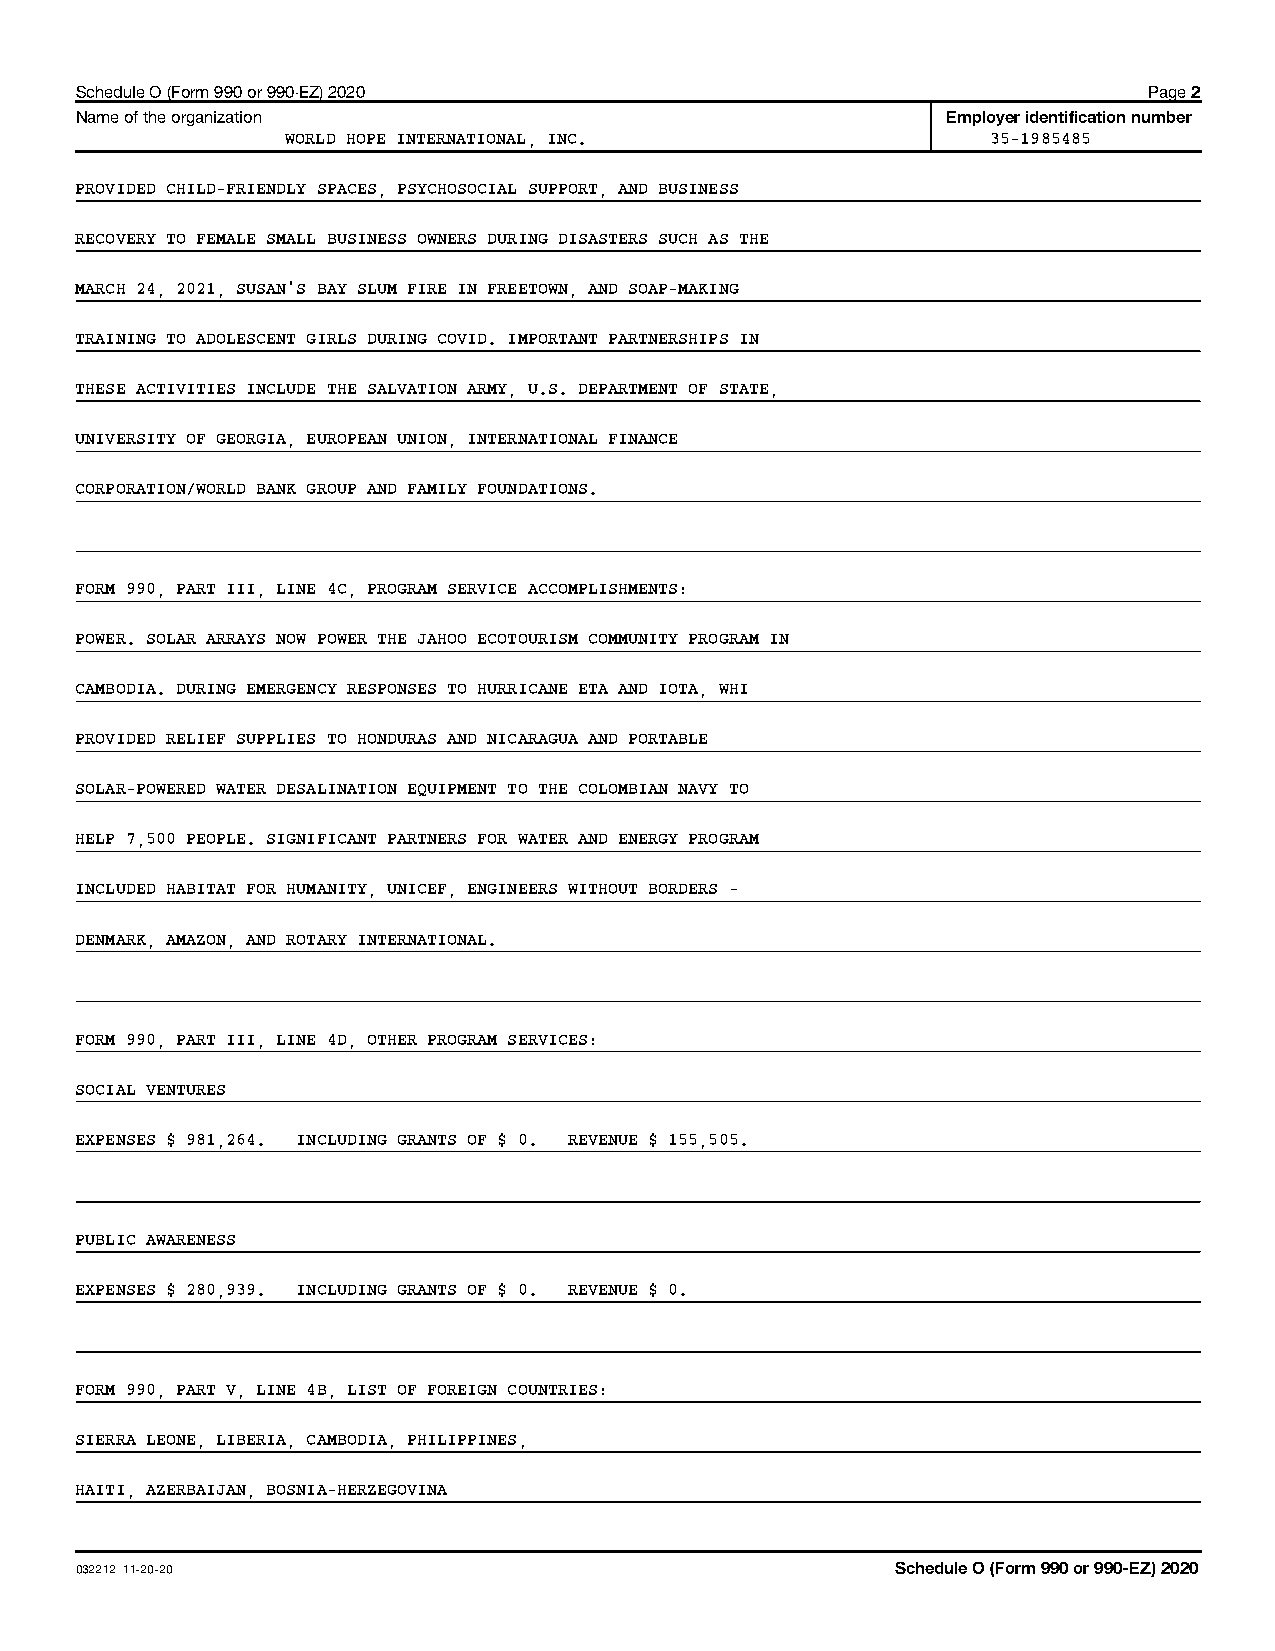
Schedule O (Form 990 or 990-EZ) 2020                                   Page 2
 Name of the organization                                  Employer identification number
 WORLD HOPE INTERNATIONAL, INC.                 35-1985485
 PROVIDED CHILD-FRIENDLY SPACES, PSYCHOSOCIAL SUPPORT, AND BUSINESS
 RECOVERY TO FEMALE SMALL BUSINESS OWNERS DURING DISASTERS SUCH AS THE
 MARCH 24, 2021, SUSAN'S BAY SLUM FIRE IN FREETOWN, AND SOAP-MAKING
 TRAINING TO ADOLESCENT GIRLS DURING COVID. IMPORTANT PARTNERSHIPS IN
 THESE ACTIVITIES INCLUDE THE SALVATION ARMY, U.S. DEPARTMENT OF STATE,
 UNIVERSITY OF GEORGIA, EUROPEAN UNION, INTERNATIONAL FINANCE
 CORPORATION/WORLD BANK GROUP AND FAMILY FOUNDATIONS.
 FORM 990, PART III, LINE 4C, PROGRAM SERVICE ACCOMPLISHMENTS:
 POWER. SOLAR ARRAYS NOW POWER THE JAHOO ECOTOURISM COMMUNITY PROGRAM IN
 CAMBODIA. DURING EMERGENCY RESPONSES TO HURRICANE ETA AND IOTA, WHI
 PROVIDED RELIEF SUPPLIES TO HONDURAS AND NICARAGUA AND PORTABLE
 SOLAR-POWERED WATER DESALINATION EQUIPMENT TO THE COLOMBIAN NAVY TO
 HELP 7,500 PEOPLE. SIGNIFICANT PARTNERS FOR WATER AND ENERGY PROGRAM
 INCLUDED HABITAT FOR HUMANITY, UNICEF, ENGINEERS WITHOUT BORDERS -
 DENMARK, AMAZON, AND ROTARY INTERNATIONAL.
 FORM 990, PART III, LINE 4D, OTHER PROGRAM SERVICES:
 SOCIAL VENTURES
 EXPENSES $ 981,264. INCLUDING GRANTS OF $ 0. REVENUE $ 155,505.
 PUBLIC AWARENESS
 EXPENSES $ 280,939. INCLUDING GRANTS OF $ 0. REVENUE $ 0.
 FORM 990, PART V, LINE 4B, LIST OF FOREIGN COUNTRIES:
 SIERRA LEONE, LIBERIA, CAMBODIA, PHILIPPINES,
 HAITI, AZERBAIJAN, BOSNIA-HERZEGOVINA
 032212 11-20-20                                       Schedule O (Form 990 or 990-EZ) 2020